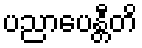
ပညာပေန္တီတိ